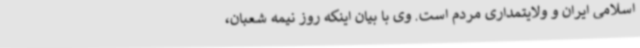
اسلامی ایران و ولایتمداری مردم است. وی با بیان اینکه روز نیمه شعبان،